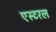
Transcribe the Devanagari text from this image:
एस्टरल